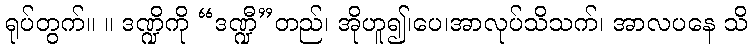
ရုပ်တွက်။ ။ ဒဏ္ဍိကို “ဒဏ္ဍီ”တည်၊ အိုဟူ၍၊ပေ၊အာလုပ်သိသက်၊ အာလပနေ သိ